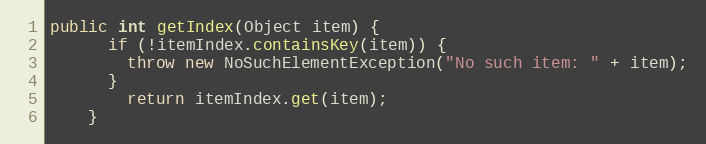
Language: Java
public int getIndex(Object item) {
	  if (!itemIndex.containsKey(item)) {
	    throw new NoSuchElementException("No such item: " + item);
	  }
		return itemIndex.get(item);
	}